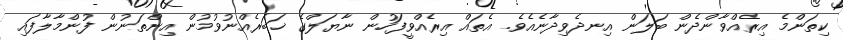
ކިތަންމެ އިރެއްވާންދެން ބަލަން އިނދެވިދާނެއެވެ. އެތައް އިރެއްވީފަހުން ނާޔަލްގެ ޚަބަރެއްނުވުމުން އިންތަނުން ފުންމާލާފައި